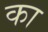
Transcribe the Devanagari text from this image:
का